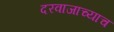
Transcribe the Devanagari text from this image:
दरवाजाच्याच